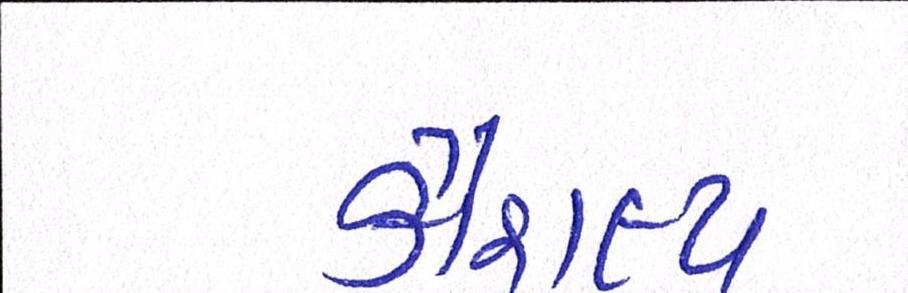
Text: કૌશલ્ય